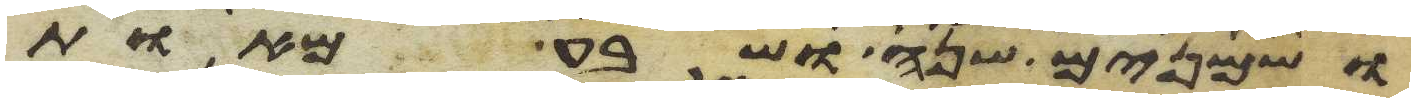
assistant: ושמנים שנה ושבע מאות